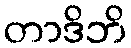
တာဒိဘိ